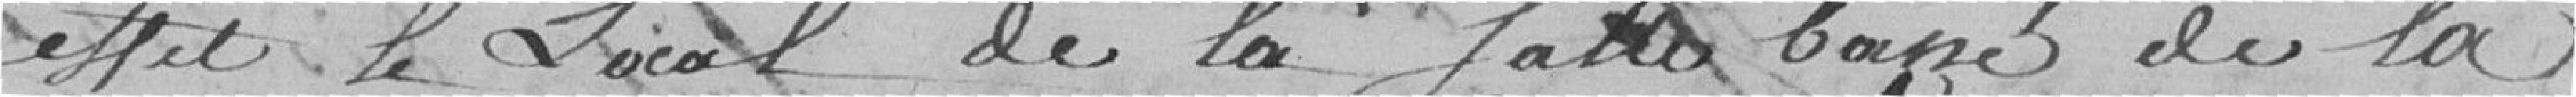
effet, le Local de la Salle base de la